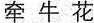
牵牛花